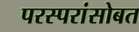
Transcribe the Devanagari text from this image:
परस्परांसोबत